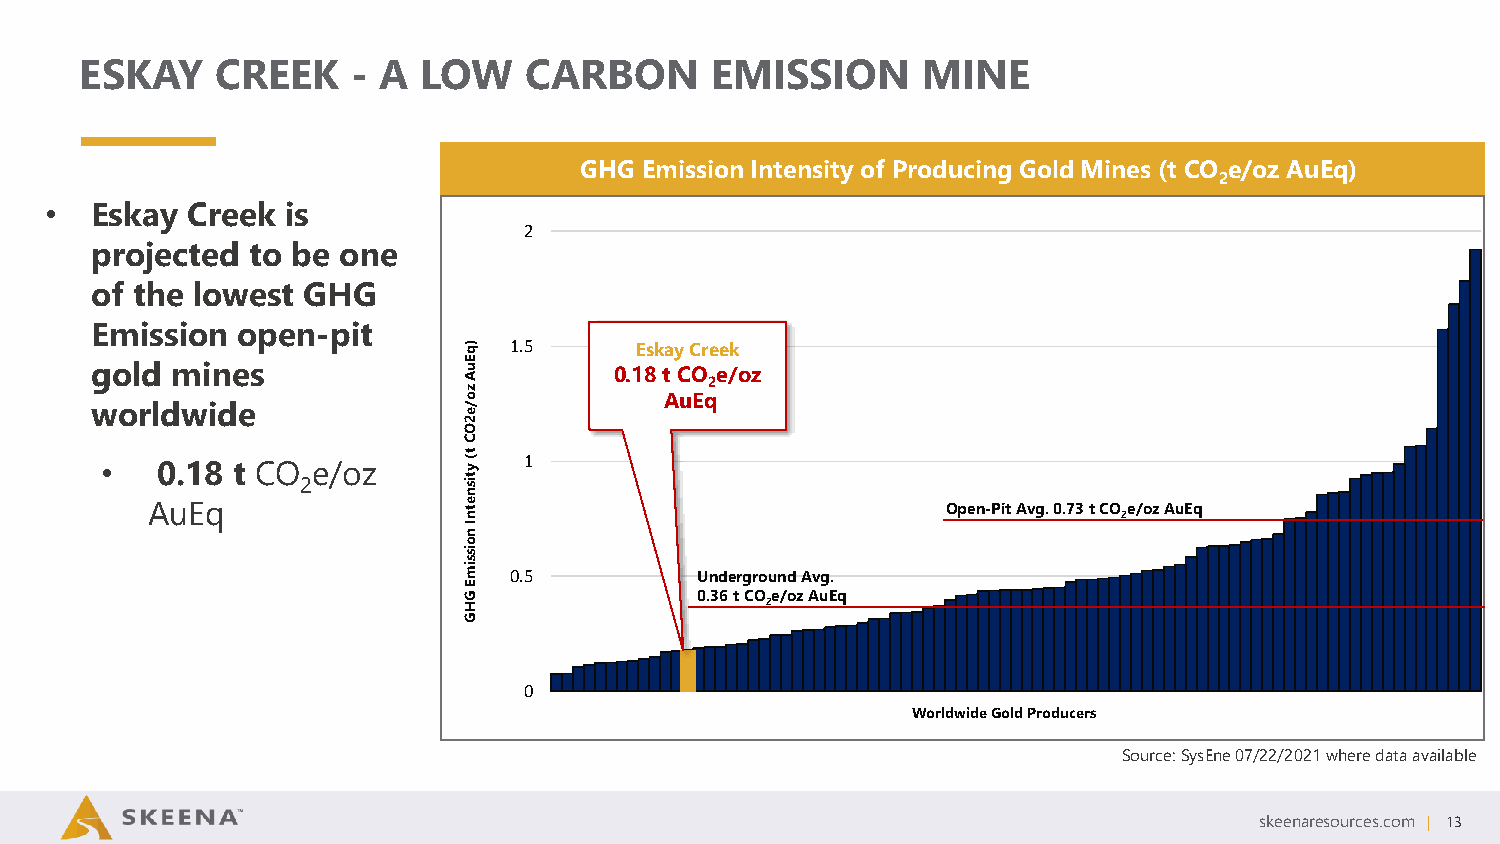
ESKAY    CREEK    - A  LOW    CARBON      EMISSION      MINE
 GHG  Emission Intensity of Producing Gold Mines (t CO e/oz AuEq)
 2
 •  Eskay Creek  is
 2
 projected  to be one
 of the lowest GHG
 Emission  open-pit
 )q 1.5     Eskay Creek
 gold mines               E u A
 z
 0.18 t CO 2e/oz
 o            AuEq
 worldwide                /
 e
 2
 O
 C
 •  0.18 t CO  e/oz      t( y 1
 2          tis
 n
 AuEq                 e tn                            Open-Pit Avg. 0.73 t CO 2e/oz AuEq
 I
 n
 o
 is
 s
 im
 0.5         Underground Avg.
 E
 G
 H
 0.36 t CO 2e/oz AuEq
 G
 0
 Worldwide Gold Producers
 Source: SysEne07/22/2021 where data available
 skeenaresources.com | 13